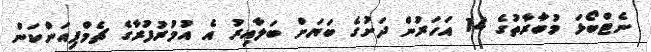
ނެޓްބޯޅަ މުބާރާތުގެ 14 އަހަރުން ދަށުގެ ބަޔަށް ބަލާއިރު އެ އުމުރުފުރާގެ ޗެމްޕިއަންކަން